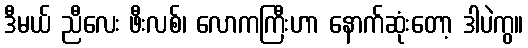
ဒီမယ် ညီလေး ဖီးလစ်၊ လောကကြီးဟာ နောက်ဆုံးတော့ ဒါပဲကွ။